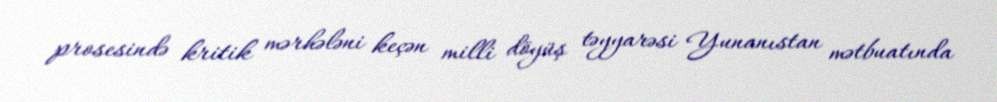
prosesində kritik mərhələni keçən milli döyüş təyyarəsi Yunanıstan mətbuatında